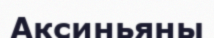
Аксиньяны